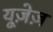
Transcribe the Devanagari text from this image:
यूज़ेज़